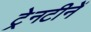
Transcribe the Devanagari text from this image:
ट्रेनटीनें